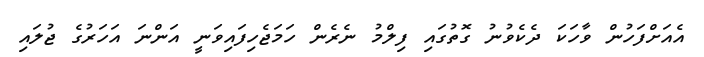
އެއަށްފަހުން ވާހަކަ ދެކެވުނު ގޮތުގައި ފިލްމު ނެރެން ހަމަޖެހިފައިވަނީ އަންނަ އަހަރުގެ ޖުލައި